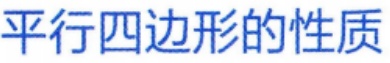
平行四边形的性质